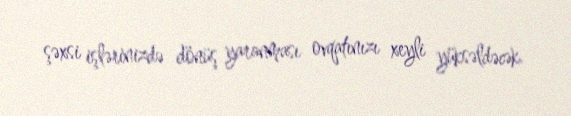
şəxsi işlərinizdə dönüş yaranması ovqatınızı xeyli yüksəldəcək.